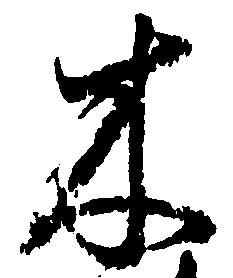
木